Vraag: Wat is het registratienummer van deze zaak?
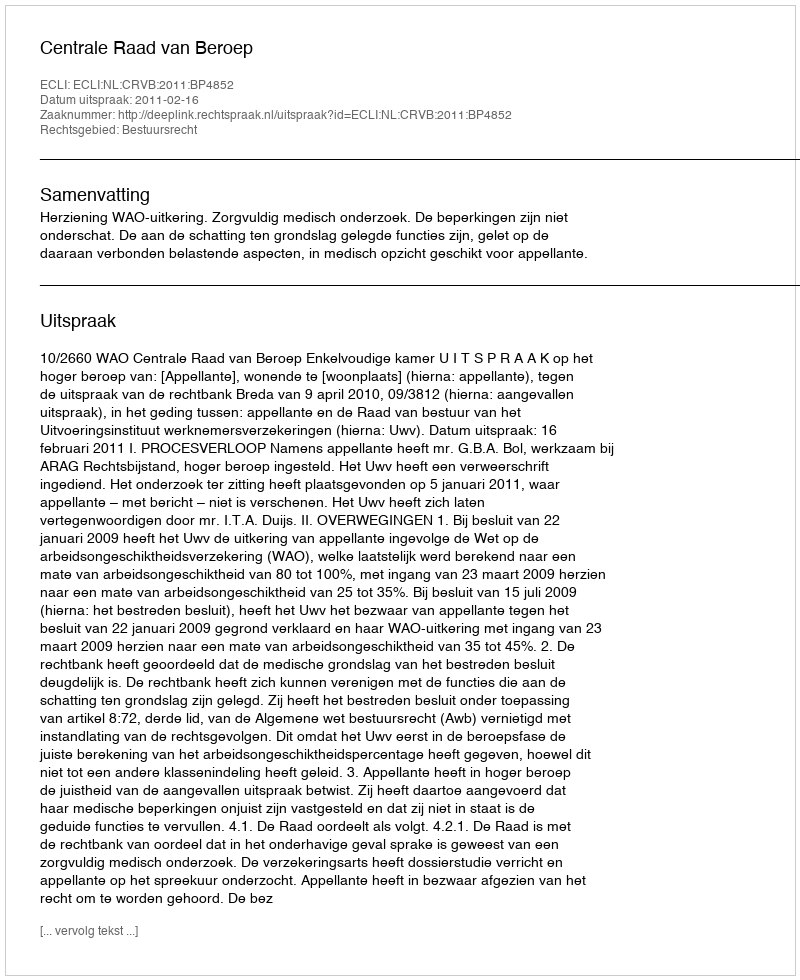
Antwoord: http://deeplink.rechtspraak.nl/uitspraak?id=ECLI:NL:CRVB:2011:BP4852